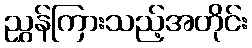
ညွှန်ကြားသည့်အတိုင်း